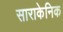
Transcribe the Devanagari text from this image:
साराकेनिक